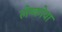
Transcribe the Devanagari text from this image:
लेम्कोवा